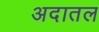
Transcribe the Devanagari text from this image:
अदातल